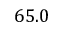
6 5 . 0